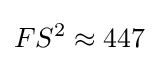
FS^{2}\approx 447